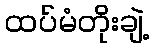
ထပ်မံတိုးချဲ့